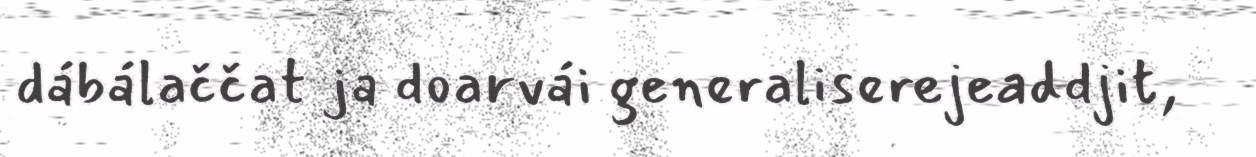
dábálaččat ja doarvái generaliserejeaddjit,